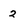
Character: 2